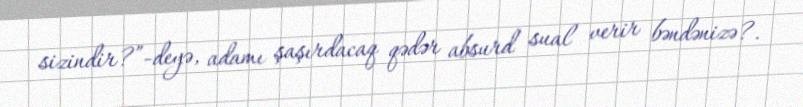
sizindir?”-deyə, adamı şaşırdacaq qədər absurd sual verir bəndənizə?.